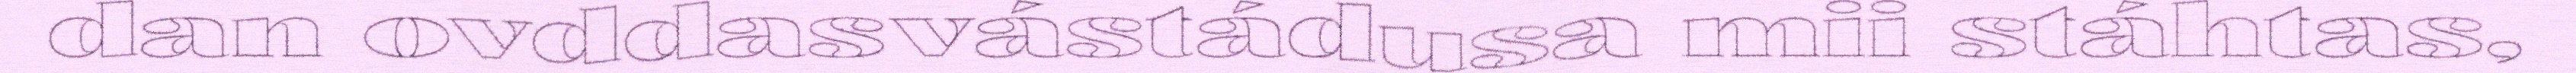
dan ovddasvástádusa mii stáhtas,